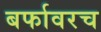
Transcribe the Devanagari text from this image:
बर्फावरच